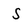
Character: S